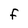
Character: f